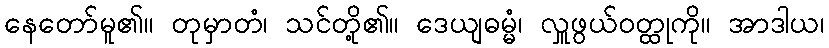
နေတော်မူ၏။ တုမှာတံ၊ သင်တို့၏။ ဒေယျဓမ္မံ၊ လှူဖွယ်ဝတ္ထုကို။ အာဒါယ၊